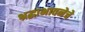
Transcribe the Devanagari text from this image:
श्रद्धाभावनेचे